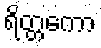
ရိတ္တကော